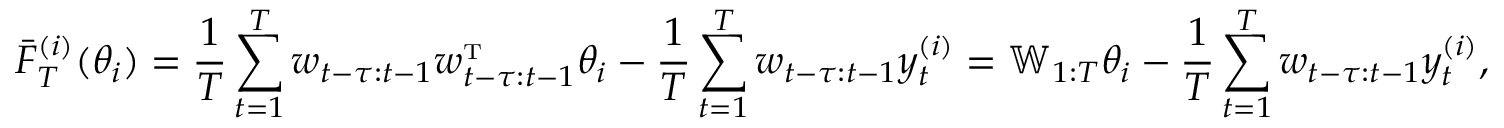
\bar { F } _ { T } ^ { ( i ) } ( \theta _ { i } ) = \frac { 1 } { T } \sum _ { t = 1 } ^ { T } w _ { t - \tau : t - 1 } w _ { t - \tau : t - 1 } ^ { \mathrm { \scriptscriptstyle T } } \theta _ { i } - \frac { 1 } { T } \sum _ { t = 1 } ^ { T } w _ { t - \tau : t - 1 } y _ { t } ^ { ( i ) } = \mathbb { W } _ { 1 : T } \theta _ { i } - \frac { 1 } { T } \sum _ { t = 1 } ^ { T } w _ { t - \tau : t - 1 } y _ { t } ^ { ( i ) } ,